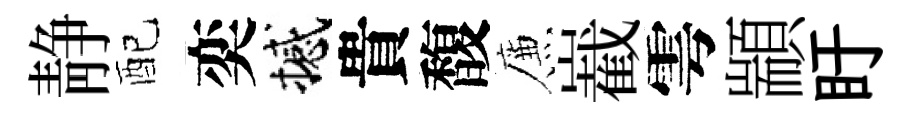
静配奕撼貴馥簾嶻雩顓盱